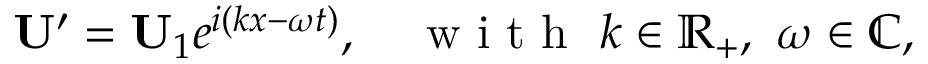
\mathbf { U } ^ { \prime } = \mathbf { U } _ { 1 } e ^ { i ( k x - \omega t ) } , \quad \mathrm { ~ w ~ i ~ t ~ h ~ } \ k \in \mathbb { R } _ { + } , \ \omega \in \mathbb { C } ,